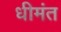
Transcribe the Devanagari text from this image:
धीमंत